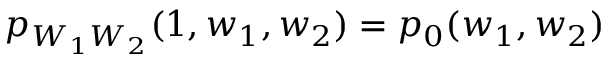
p _ { W _ { 1 } W _ { 2 } } ( 1 , w _ { 1 } , w _ { 2 } ) = p _ { 0 } ( w _ { 1 } , w _ { 2 } )